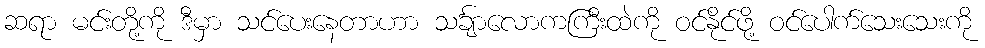
ဆရာ မင်းတို့ကို ဒီမှာ သင်ပေးနေတာဟာ သင်္ချာလောကကြီးထဲကို ဝင်နိုင်ဖို့ ဝင်ပေါက်သေးသေးကို